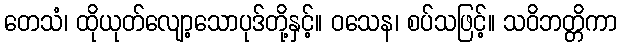
တေသံ၊ ထိုယုတ်လျော့သောပုဒ်တို့နှင့်။ ဝသေန၊ စပ်သဖြင့်။ သဝိဘတ္တိကာ